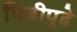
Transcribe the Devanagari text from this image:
पिढीपुढे